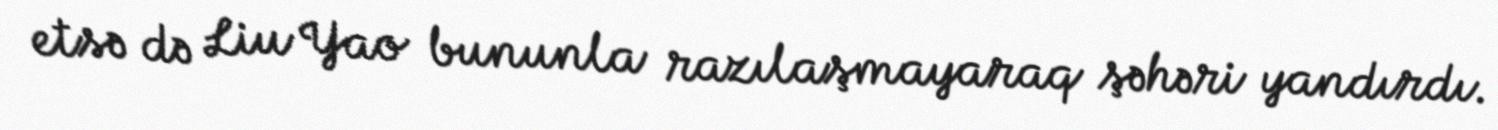
etsə də Liu Yao bununla razılaşmayaraq şəhəri yandırdı.